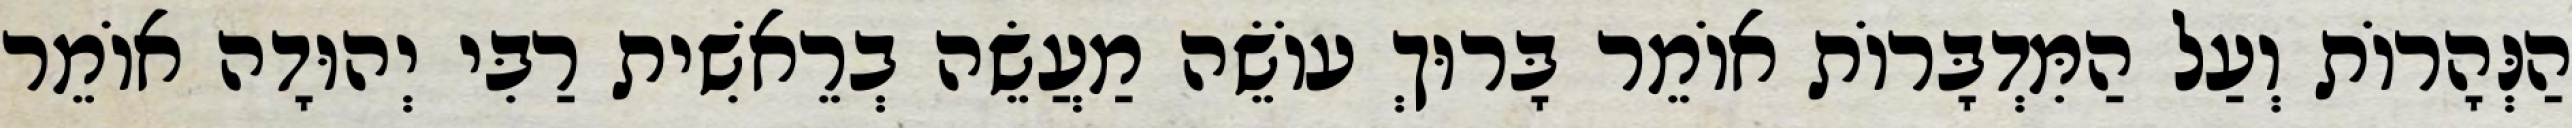
הַנְּהָרוֹת וְעַל הַמִּדְבָּרוֹת אוֹמֵר בָּרוּךְ עוֹשֵׂה מַעֲשֵׂה בְרֵאשִׁית רַבִּי יְהוּדָה אוֹמֵר